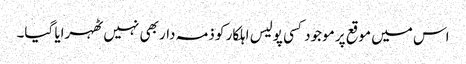
اس میں موقع پر موجود کسی پولیس اہلکار کو ذمہ دار بھی نہیں ٹھہرایا گیا۔